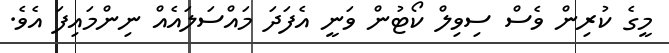
މީގެ ކުރިން ވެސް ސިވިލް ކޯޓުން ވަނީ އެފަދަ މައްސަލައެއް ނިންމައިފަ އެވެ.